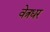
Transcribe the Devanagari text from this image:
वेत्रधर